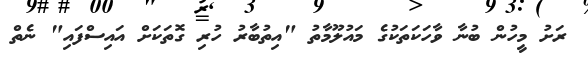
ރަށު މީހުން ބުނާ ވާހަކަތަކުގެ މައުލޫމާތު "އިތުބާރު ހުރި ގޮތަކަށް އައިސްފައި" ނެތް